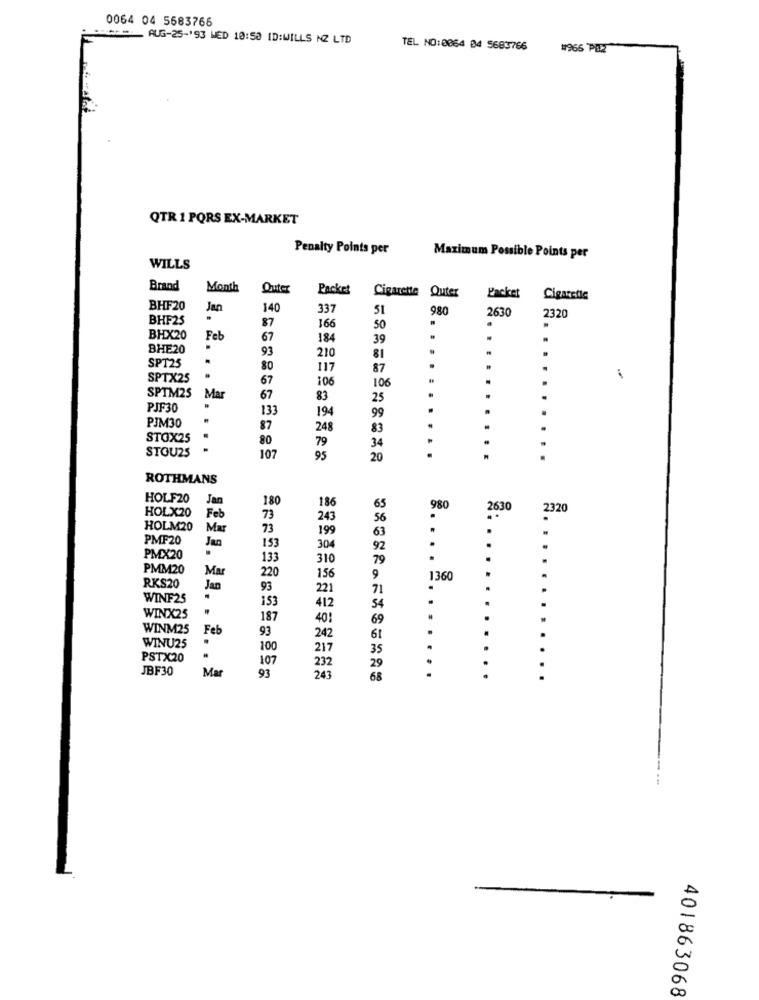
0064 04 5583766
**=_ AUG-25-193 WED 10:53 ID:WILLS NZ LTD
TEL NO:0064 04 5683766
#966 PEZ
QTR 1 PORS EX-MARKET
Penalty Points per
Maximum Possible Points per
WILLS
Brand
Month
Outer
Packet
Cigarette Quter
Packet
Cigaretic
BHF20
Jan
140
337
51
980
2630
BHF25
87
2320
166
50
BHX20
Feb
67
184
39
BHE20
93
210
81
SPT25
80
117
87
SPTX25
67
106
SPTM2S
106
Mar
67
83
25
PJF30
133
194
99
PJM30
.
87
248
83
STOX25
.
80
79
STOU25
.
34
107
95
20
ROTHMANS
HOLF20
Jan
180
186
HOLX20
65
980
2630
2320
Feb
73
243
56
HOLM20
Mar
73
199
63
.
PMF20
304
Jan
153
92
PMX20
133
310
79
PMM20
220
Mar
156
9
1360
RKS20
Jan
93
221
71
.
WINF25
153
412
54
WINX25
187
401
69
WINM25
Feb
93
.
242
61
WINU25
100
217
35
PSTX20
107
29
JBF30
Mar
232
93
243
68
401863068